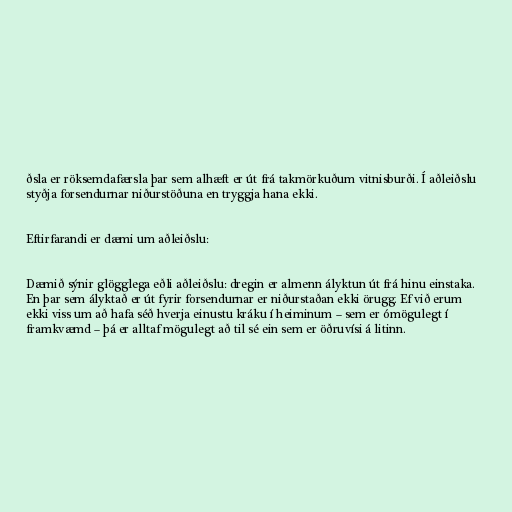
ðsla er röksemdafærsla þar sem alhæft er út frá takmörkuðum vitnisburði. Í aðleiðslu
styðja forsendurnar niðurstöðuna en tryggja hana ekki.

Eftirfarandi er dæmi um aðleiðslu:

Dæmið sýnir glögglega eðli aðleiðslu: dregin er almenn ályktun út frá hinu einstaka.
En þar sem ályktað er út fyrir forsendurnar er niðurstaðan ekki örugg. Ef við erum
ekki viss um að hafa séð hverja einustu kráku í heiminum – sem er ómögulegt í
framkvæmd – þá er alltaf mögulegt að til sé ein sem er öðruvísi á litinn.